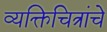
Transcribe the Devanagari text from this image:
व्यक्तिचित्रांचे